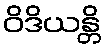
ဝိဒိယန္တိ